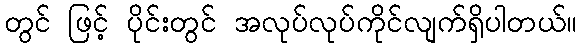
တွင် ဖြင့် ပိုင်းတွင် အလုပ်လုပ်ကိုင်လျက်ရှိပါတယ်။